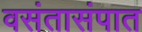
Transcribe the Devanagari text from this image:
वसंतासंपात